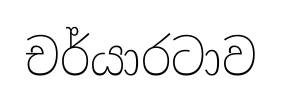
චර්යාරටාව